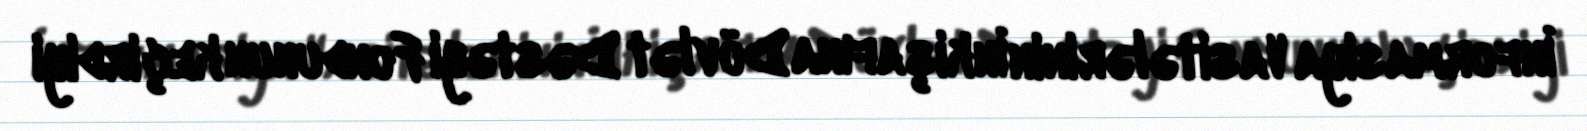
İnformasiya Vasitələrinin İnkişafına Dövlət Dəstəyi Fondunun keçirdiyi